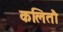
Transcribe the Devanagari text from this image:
कलितौ